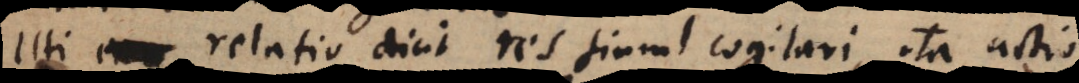
Uti relatio dicit res simul cogitari, ita actio